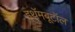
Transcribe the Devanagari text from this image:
इथॅमबूटॉल